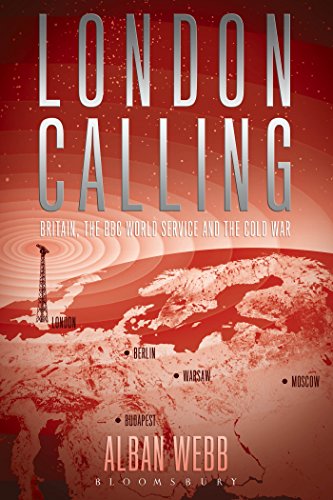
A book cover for London Calling: Britain, the BBC World Service and the Cold War; Alban Webb; Humor & Entertainment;